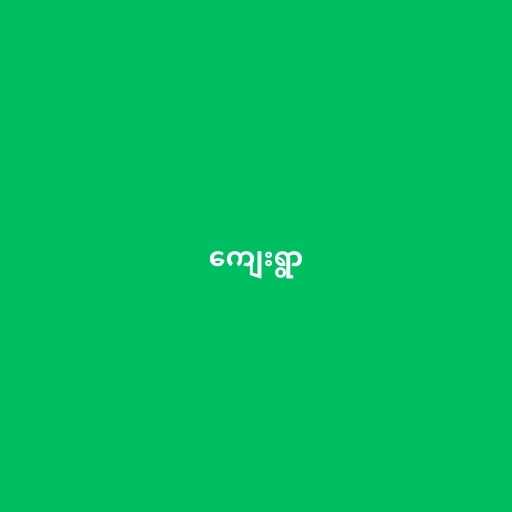
ကျေးရွာ